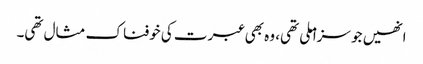
انھیں جو سزا ملی تھی، وہ بھی عبرت کی خوفناک مثال تھی۔